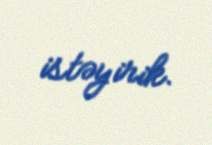
istəyirik.